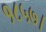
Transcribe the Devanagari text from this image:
१८५७।